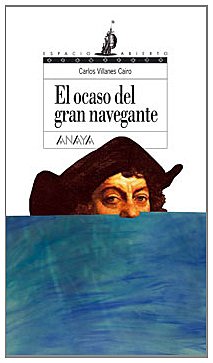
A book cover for El Ocaso Del Gran Navegante/ the Sunset of the Great Navigator (Espacio Abierto / Open Space) (Spanish Edition); Carlos Villanes Cairo; Teen & Young Adult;